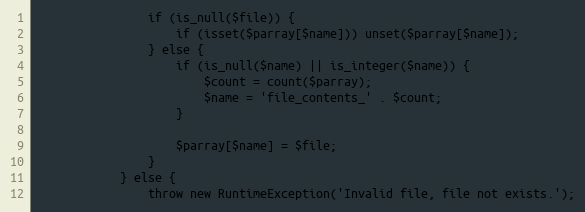
Language: PHP
				if (is_null($file)) {
					if (isset($parray[$name])) unset($parray[$name]);
				} else {
					if (is_null($name) || is_integer($name)) {
						$count = count($parray);
						$name = 'file_contents_' . $count;
					}

					$parray[$name] = $file;
				}
			} else {
				throw new RuntimeException('Invalid file, file not exists.');